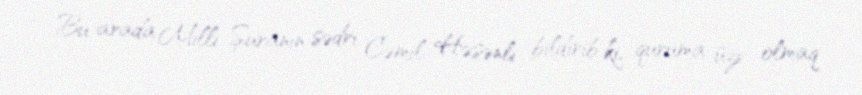
Bu arada Milli Şuranın sədri Cəmil Həsənli bildirib ki, quruma üzv olmaq